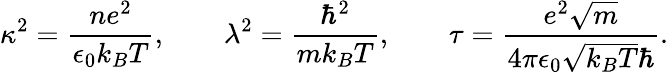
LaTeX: \kappa^{2}=\frac{ne^{2}}{\epsilon_{0}k_{B}T},\qquad\lambda^{2}=\frac{\hbar^{2}}{mk_{B}T},\qquad\tau=\frac{e^{2}\sqrt{m}}{4\pi\epsilon_{0}\sqrt{k_{B}T}\hbar}.